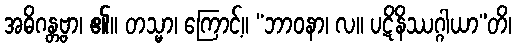
အဓိဂန္တဗ္ဗာ၊ ၏။ တသ္မာ၊ ကြောင့်။ “ဘာဝနာ၊ လ။ ပဋိနိဿဂ္ဂါယာ”တိ၊